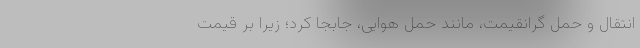
انتقال و حمل‌ گرانقیمت، مانند حمل‌ هوایی، جابجا کرد؛ زیرا بر قیمت